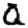
Digit: 0